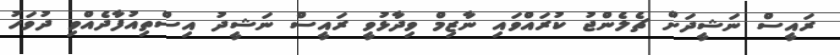
ރައީސް ނަޝީދަށް ޗެލެންޖު ކުރައްވައި ނާޒިމް ވިދާޅުވީ ރައީސް ނަޝީދު އިސްތިއުފާދެއްވި ދުވަހު